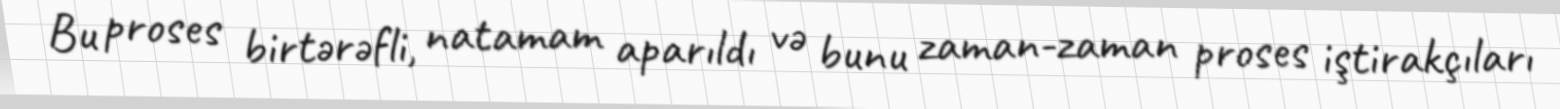
Bu proses birtərəfli, natamam aparıldı və bunu zaman-zaman proses iştirakçıları